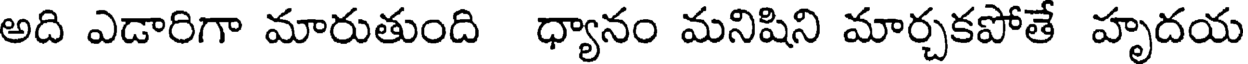
అది ఎడారిగా మారుతుంది ధ్యానం మనిషిని మార్చకపోతే హృదయ